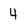
Character: 4